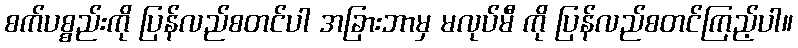
စက်ပစ္စည်းကို ပြန်လည်စတင်ပါ အခြားဘာမှ မလုပ်မီ ကို ပြန်လည်စတင်ကြည့်ပါ။